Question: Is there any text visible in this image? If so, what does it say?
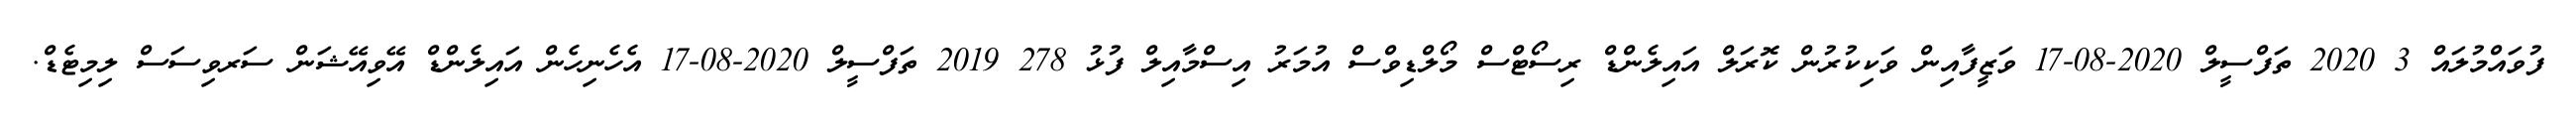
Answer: ފުވައްމުލައް 3 2020 ތަފްސީލް 2020-08-17 ވަޒީފާއިން ވަކިކުރުން ކޮރަލް އައިލެންޑް ރިސޯޓްސް މޯލްޑިވްސް އުމަރު އިސްމާއިލް ފުޅު 278 2019 ތަފްސީލް 2020-08-17 އެހެނިހެން އައިލެންޑް އޭވިއޭޝަން ސަރވިސަސް ލިމިޓެޑް.